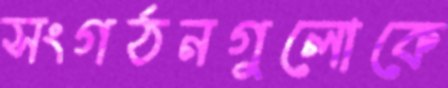
সংগঠনগুলোকে